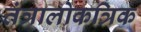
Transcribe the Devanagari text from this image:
तंत्रालोकत्रिक